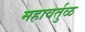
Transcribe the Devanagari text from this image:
महावर्तुळ